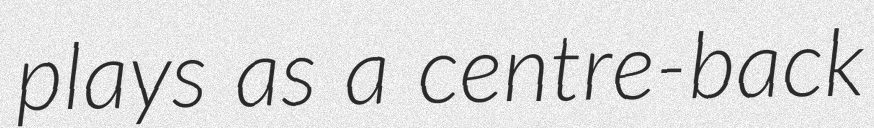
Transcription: plays as a centre-back